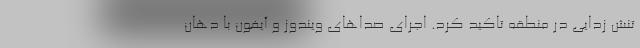
تنش زدایی در منطقه تاکید کرد. اجرای صداهای ویندوز و آیفون با دهان